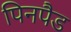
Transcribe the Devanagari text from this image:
पिनपैड